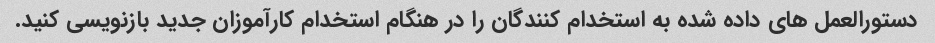
دستورالعمل های داده شده به استخدام کنندگان را در هنگام استخدام کارآموزان جدید بازنویسی کنید.